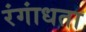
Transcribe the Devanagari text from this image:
रंगांधता